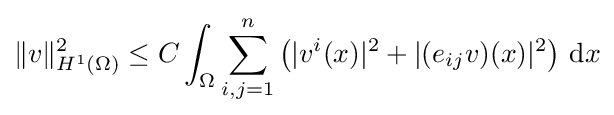
\|v\|_{H^{1}(\Omega )}^{2}\leq C\int _{\Omega }\sum _{i,j=1}^{n}\left(|v^{i}(x)|^{2}+|(e_{ij}v)(x)|^{2}\right)\,\mathrm {d} x